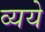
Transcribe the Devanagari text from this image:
व्यये